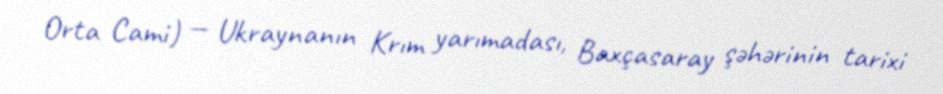
Orta Cami) — Ukraynanın Krım yarımadası, Baxçasaray şəhərinin tarixi